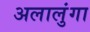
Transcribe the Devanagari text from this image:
अलालुंगा